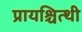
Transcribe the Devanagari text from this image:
प्रायश्चित्थी